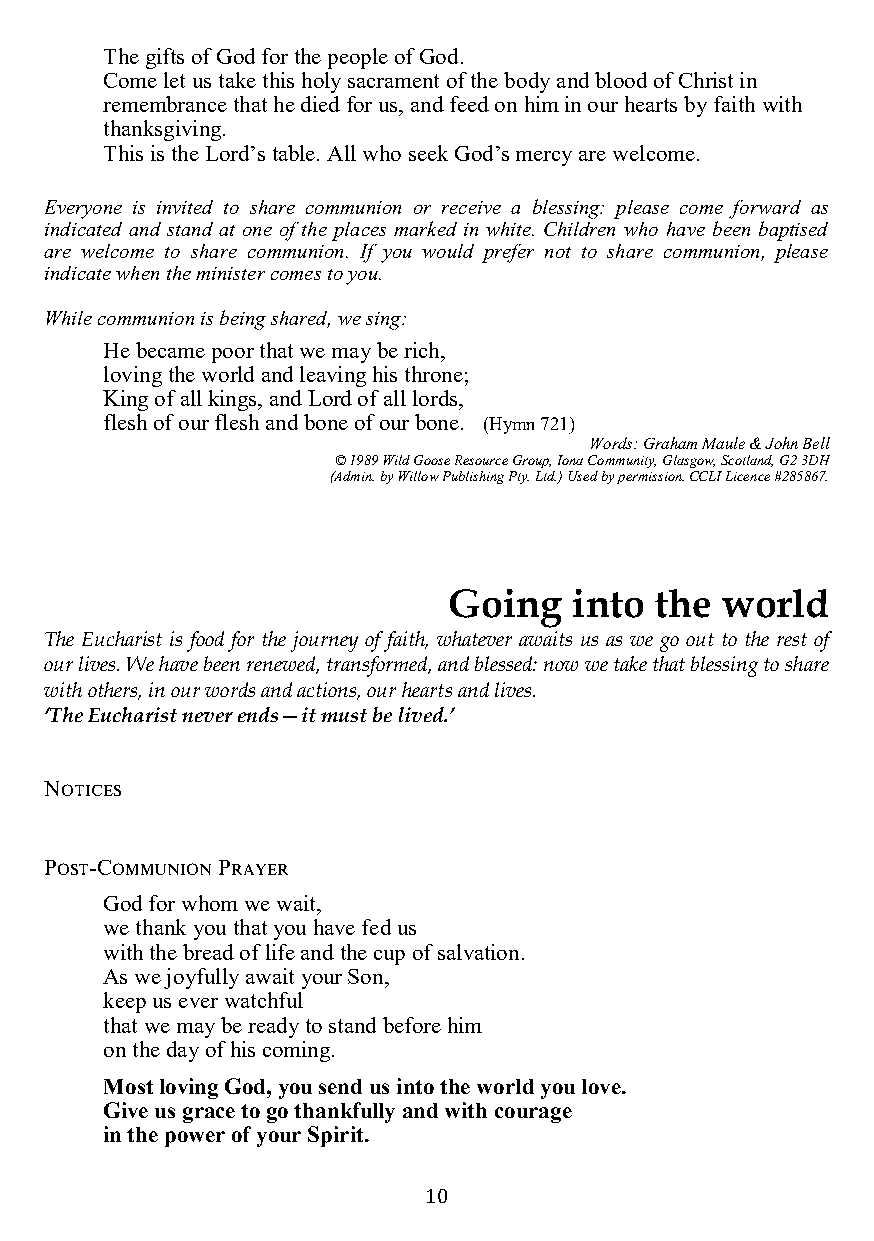
The gifts of God for the people of God.
 Come let us take this holy sacrament of the body and blood of Christ in
 remembrance that he died for us, and feed on him in our hearts by faith with
 thank sgiving.
 This is the Lord’s table. All who seek God’s mercy are welcome.
 Everyone is invited to share communion or receive a blessing: please come forward as
 indicated and stand at one of the places marked in white. Children who have been baptised
 are welcome to share communion. If you would prefer not to share communion, please
 indicate when the minister comes to you.
 While communion is being shared, we sing:
 He became poor that we may be rich,
 loving the world and leaving his throne;
 King of all kings, and Lord of all lords,
 flesh of our flesh and bone of our bone. (Hymn 721)
 Words: Graham Maule & John Bell
 © 1989 Wild Goose Resource Group, Iona Community, Glasgow, Scotland, G2 3DH
 (Admin. by Willow Publishing Pty. Ltd.) Used by permission. CCLI Licence #285867.
 Going   into the  world
 The Eucharist is food for the journey of faith, whatever awaits us as we go out to the rest of
 our lives. We have been renewed, transformed, and blessed: now we take that blessing to share
 with others, in our words and actions, our hearts and lives.
 ‘The Eucharist never ends—it must be lived.’
 Notices
 Post-Communion Prayer
 God for whom we wait,
 we thank you that you have fed us
 with the bread of life and the cup of salvation.
 As we joyfully await your Son,
 keep us ever watchful
 that we may be ready to stand before him
 on the day of his coming.
 Most loving God, you send us into the world you love.
 Give us grace to go thankfully and with courage
 in the power of your Spirit.
 10